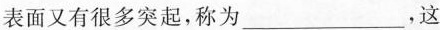
表面又有很多突起，称为___，这